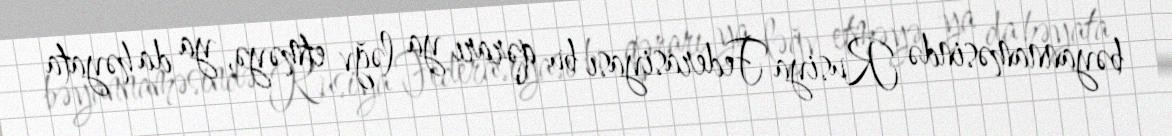
bəyannaməsində Rusiya Federasiyası bu qərarı ya ləğv etməyə, ya da həyata